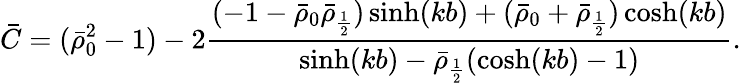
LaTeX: \bar{C}=(\bar{\rho}_{0}^{2}-1)-2\frac{(-1-\bar{\rho}_{0}\bar{\rho}_{\frac 12})\sinh(kb)+(\bar{\rho}_{0}+\bar{\rho}_{\frac 12})\cosh(kb)}{\sinh(kb)-\bar{\rho}_{\frac 12}(\cosh(kb)-1)}.